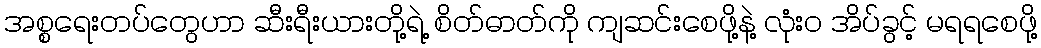
အစ္စရေးတပ်တွေဟာ ဆီးရီးယားတို့ရဲ့ စိတ်ဓာတ်ကို ကျဆင်းစေဖို့နဲ့ လုံး၀ အိပ်ခွင့် မရရစေဖို့